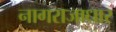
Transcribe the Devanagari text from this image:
नागराजाधार